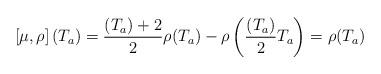
LaTeX: \begin{align*} \left[ \mu, \rho \right](T_a) = \frac{(T_a)+2}{2}\rho(T_a) - \rho \left( \frac{(T_a)}{2} T_a \right)=\rho (T_a) \end{align*}